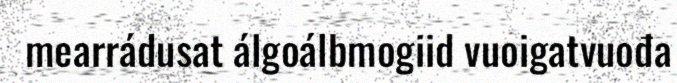
mearrádusat álgoálbmogiid vuoigatvuođa